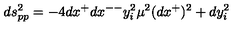
d s _ { p p } ^ { 2 } = - 4 d x ^ { + } d x ^ { -- } y _ { i } ^ { 2 } \mu ^ { 2 } ( d x ^ { + } ) ^ { 2 } + d y _ { i } ^ { 2 }